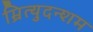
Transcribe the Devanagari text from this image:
म्रित्युदन्शम